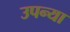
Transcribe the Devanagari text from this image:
उपन्या